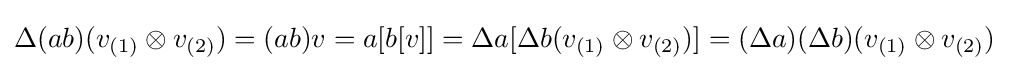
\Delta (ab)(v_{(1)}\otimes v_{(2)})=(ab)v=a[b[v]]=\Delta a[\Delta b(v_{(1)}\otimes v_{(2)})]=(\Delta a)(\Delta b)(v_{(1)}\otimes v_{(2)})